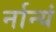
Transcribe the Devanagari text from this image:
र्नान्यं